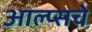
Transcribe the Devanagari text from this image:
आल्प्सचे